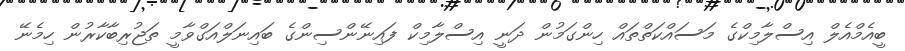
ބީއެމްއެލް އިސްލާމިކްގެ މަސައްކަތްތައް ހިންގަމުން ދަނީ އިސްލާމިކް ފައިނޭންސިންގެ ބައިނަލްއަގްވާމީ ތަޖުރިބާކާރުން ހިމެނޭ